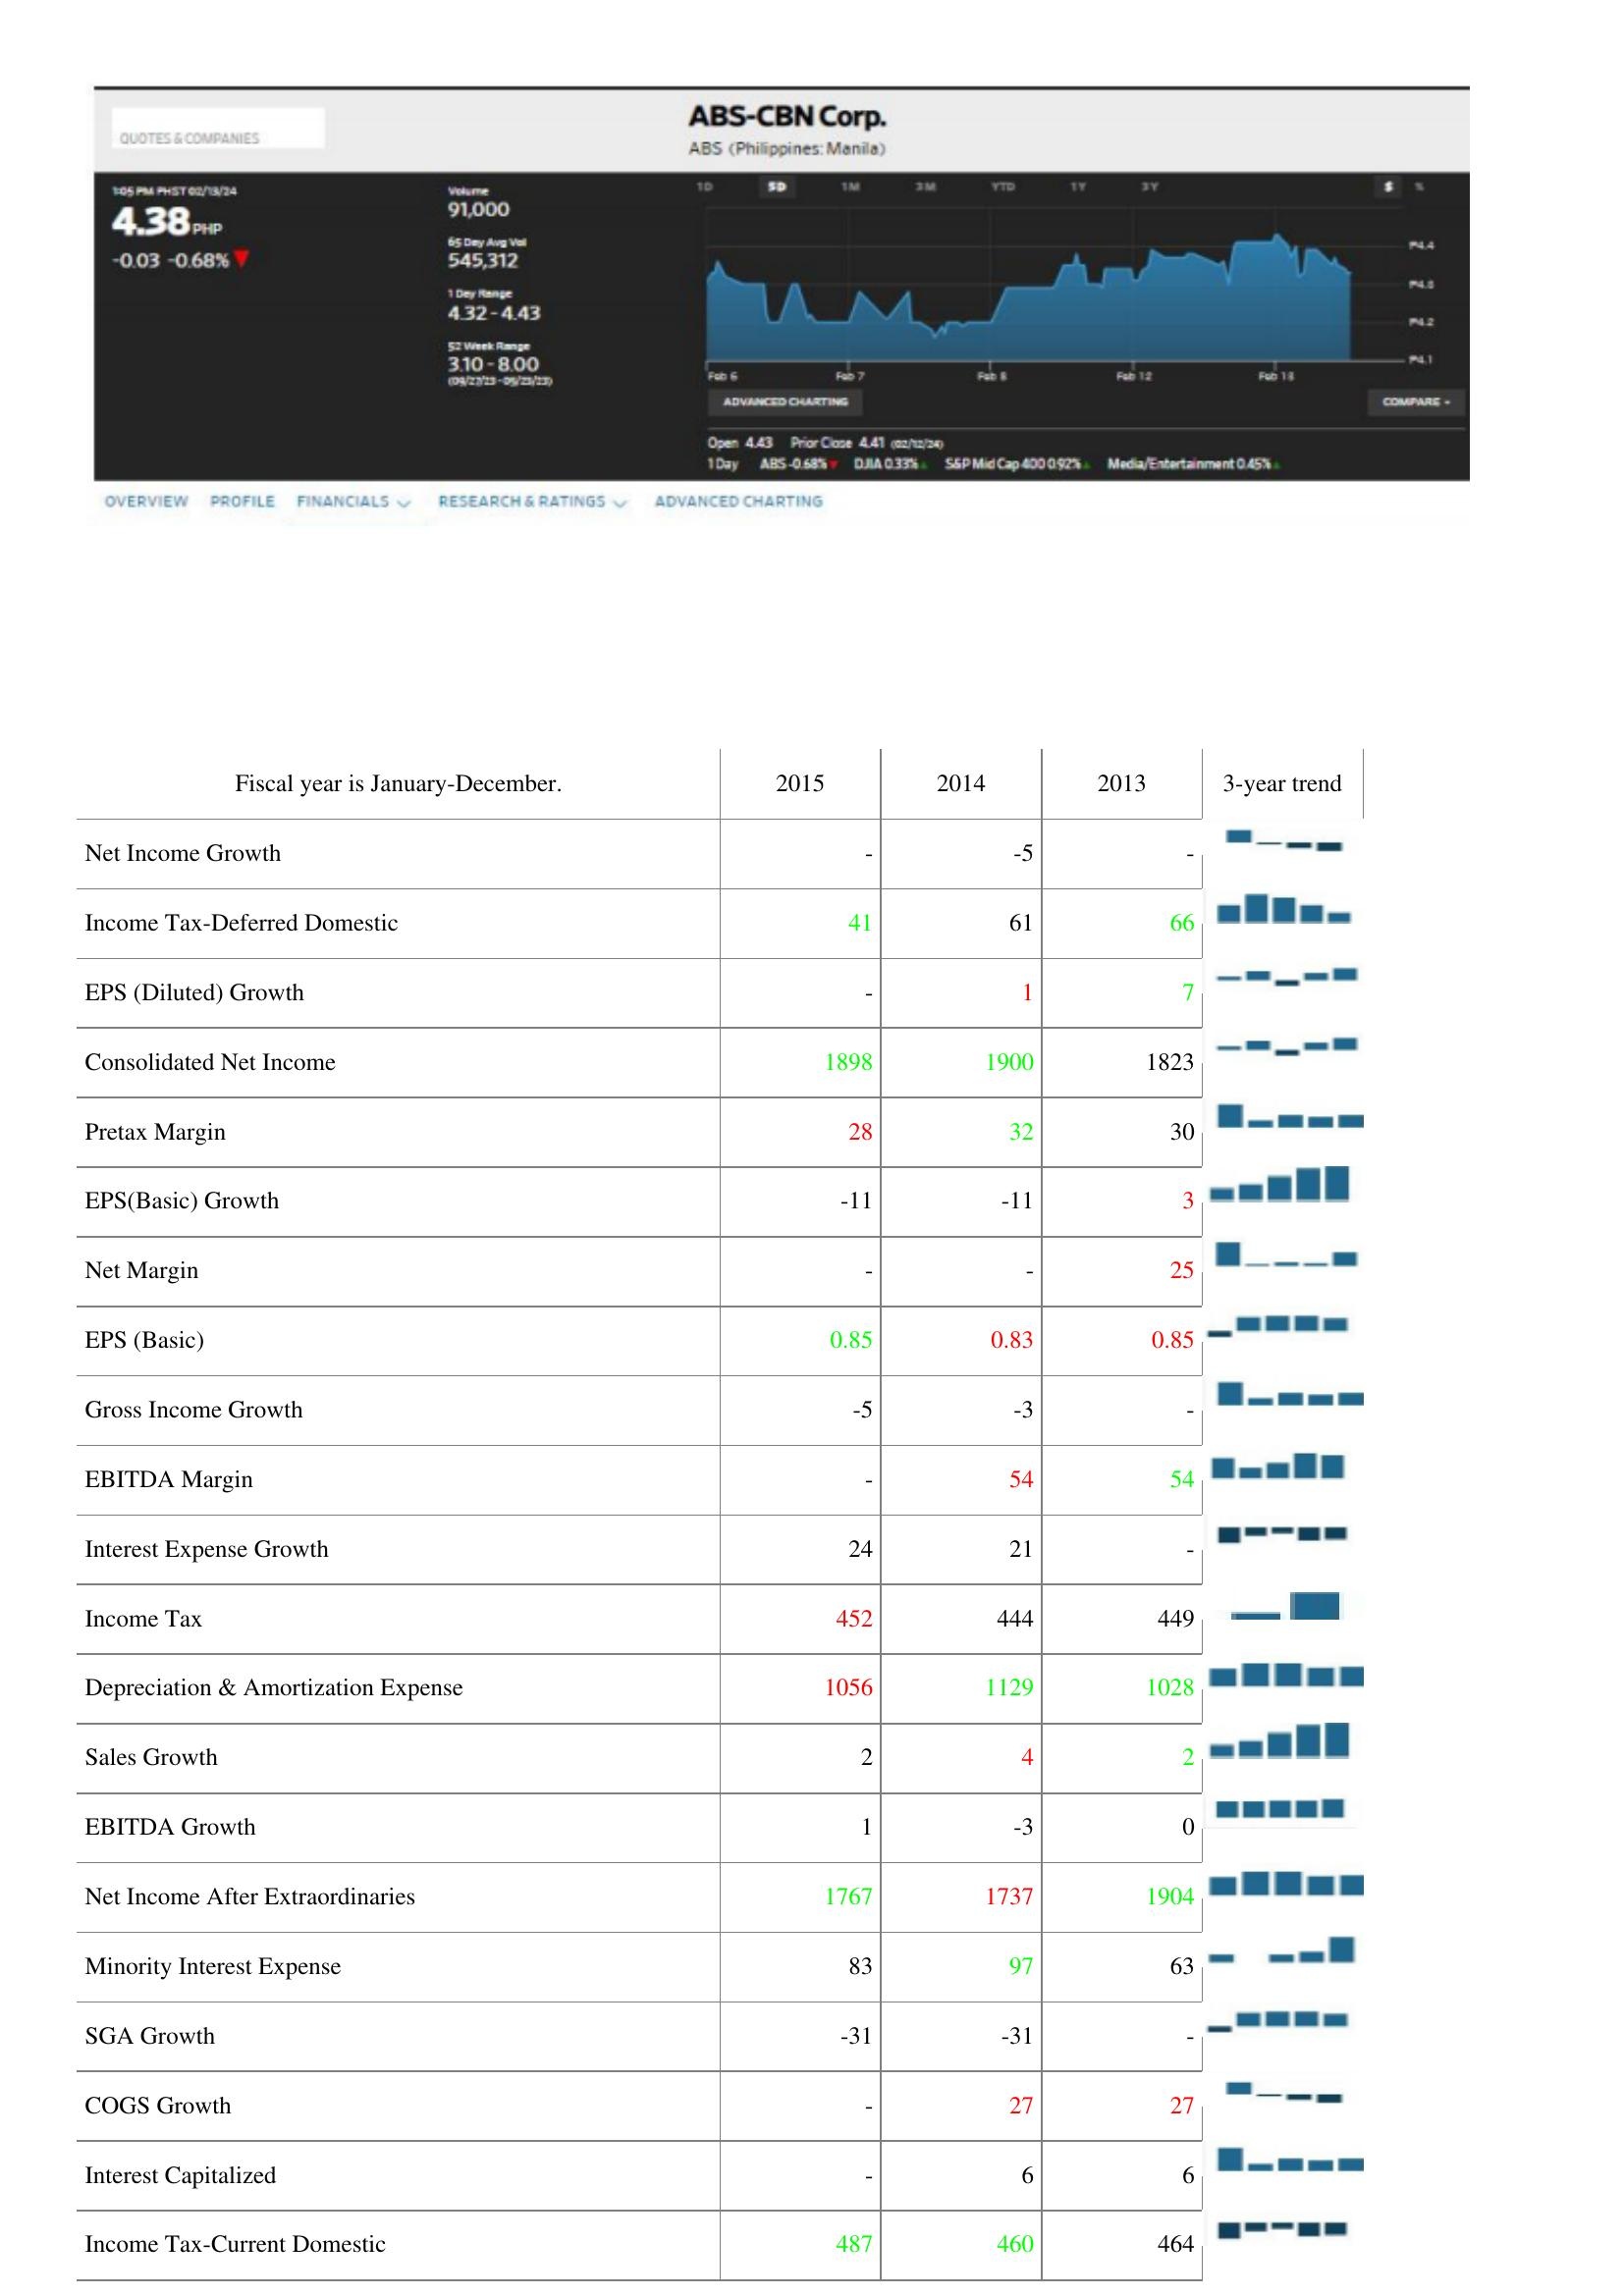
2015: : Net Income Growth: -
Income Tax-Deferred Domestic: 41
EPS (Diluted) Growth: -
Consolidated Net Income: 1898
Pretax Margin: 28
EPS(Basic) Growth: -11
Net Margin: -
EPS (Basic): 0.85
Gross Income Growth: -5
EBITDA Margin: -
Interest Expense Growth: 24
Income Tax: 452
Depreciation & Amortization Expense: 1056
Sales Growth: 2
EBITDA Growth: 1
Net Income After Extraordinaries: 1767
Minority Interest Expense: 83
SGA Growth: -31
COGS Growth: -
Interest Capitalized: -
Income Tax-Current Domestic: 487
2014: : Net Income Growth: -5
Income Tax-Deferred Domestic: 61
EPS (Diluted) Growth: 1
Consolidated Net Income: 1900
Pretax Margin: 32
EPS(Basic) Growth: -11
Net Margin: -
EPS (Basic): 0.83
Gross Income Growth: -3
EBITDA Margin: 54
Interest Expense Growth: 21
Income Tax: 444
Depreciation & Amortization Expense: 1129
Sales Growth: 4
EBITDA Growth: -3
Net Income After Extraordinaries: 1737
Minority Interest Expense: 97
SGA Growth: -31
COGS Growth: 27
Interest Capitalized: 6
Income Tax-Current Domestic: 460
2013: : Net Income Growth: -
Income Tax-Deferred Domestic: 66
EPS (Diluted) Growth: 7
Consolidated Net Income: 1823
Pretax Margin: 30
EPS(Basic) Growth: 3
Net Margin: 25
EPS (Basic): 0.85
Gross Income Growth: -
EBITDA Margin: 54
Interest Expense Growth: -
Income Tax: 449
Depreciation & Amortization Expense: 1028
Sales Growth: 2
EBITDA Growth: 0
Net Income After Extraordinaries: 1904
Minority Interest Expense: 63
SGA Growth: -
COGS Growth: 27
Interest Capitalized: 6
Income Tax-Current Domestic: 464